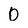
Character: O